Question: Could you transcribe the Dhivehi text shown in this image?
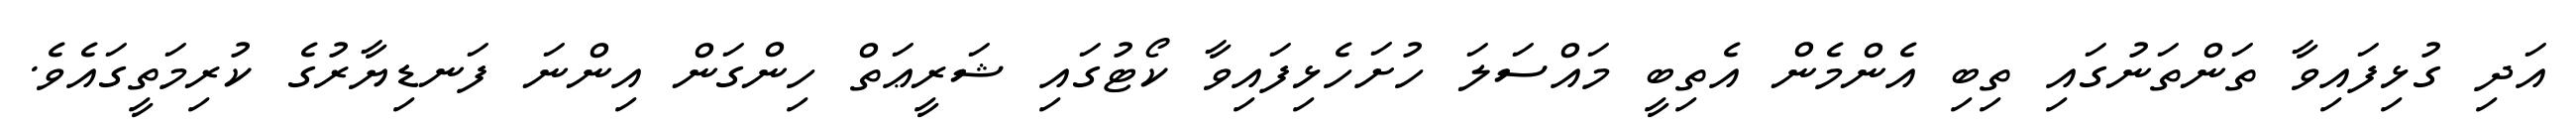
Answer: އަދި ގުޅިފައިވާ ތަންތަނުގައި ތިބި އެންމެން އެތިބީ މައްސަލަ ހުށަހެޅިފައިވާ ކޯޓުގައި ޝަރީޢަތް ހިންގަން އިންނަ ފަނޑިޔާރުގެ ކުރިމަތީގައެވެ.